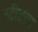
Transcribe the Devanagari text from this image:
स्ट्रीटला